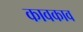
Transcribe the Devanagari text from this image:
कावकाव